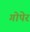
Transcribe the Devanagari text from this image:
गोपेर